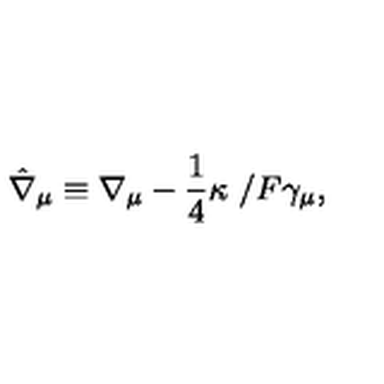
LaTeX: \hat { \nabla } _ { \mu } \equiv \nabla _ { \mu } - \frac { 1 } { 4 } \kappa \ { { \slash } { } F } \gamma _ { \mu } ,